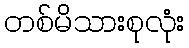
တစ်မိသားစုလုံး